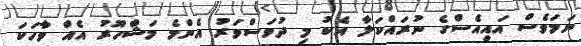
ނަމަވެސް އައިއެސްގެ ނުރައްކަލާ އެކު މި ދުވަސްވަރު އެންމެ މަޝްހޫރު އެއް ވާހަކަ